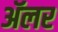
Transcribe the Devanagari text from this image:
ॲलर